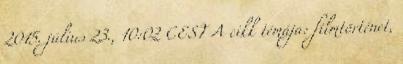
2015. július 23., 10:02 CEST A cikk témája: filmtörténet,